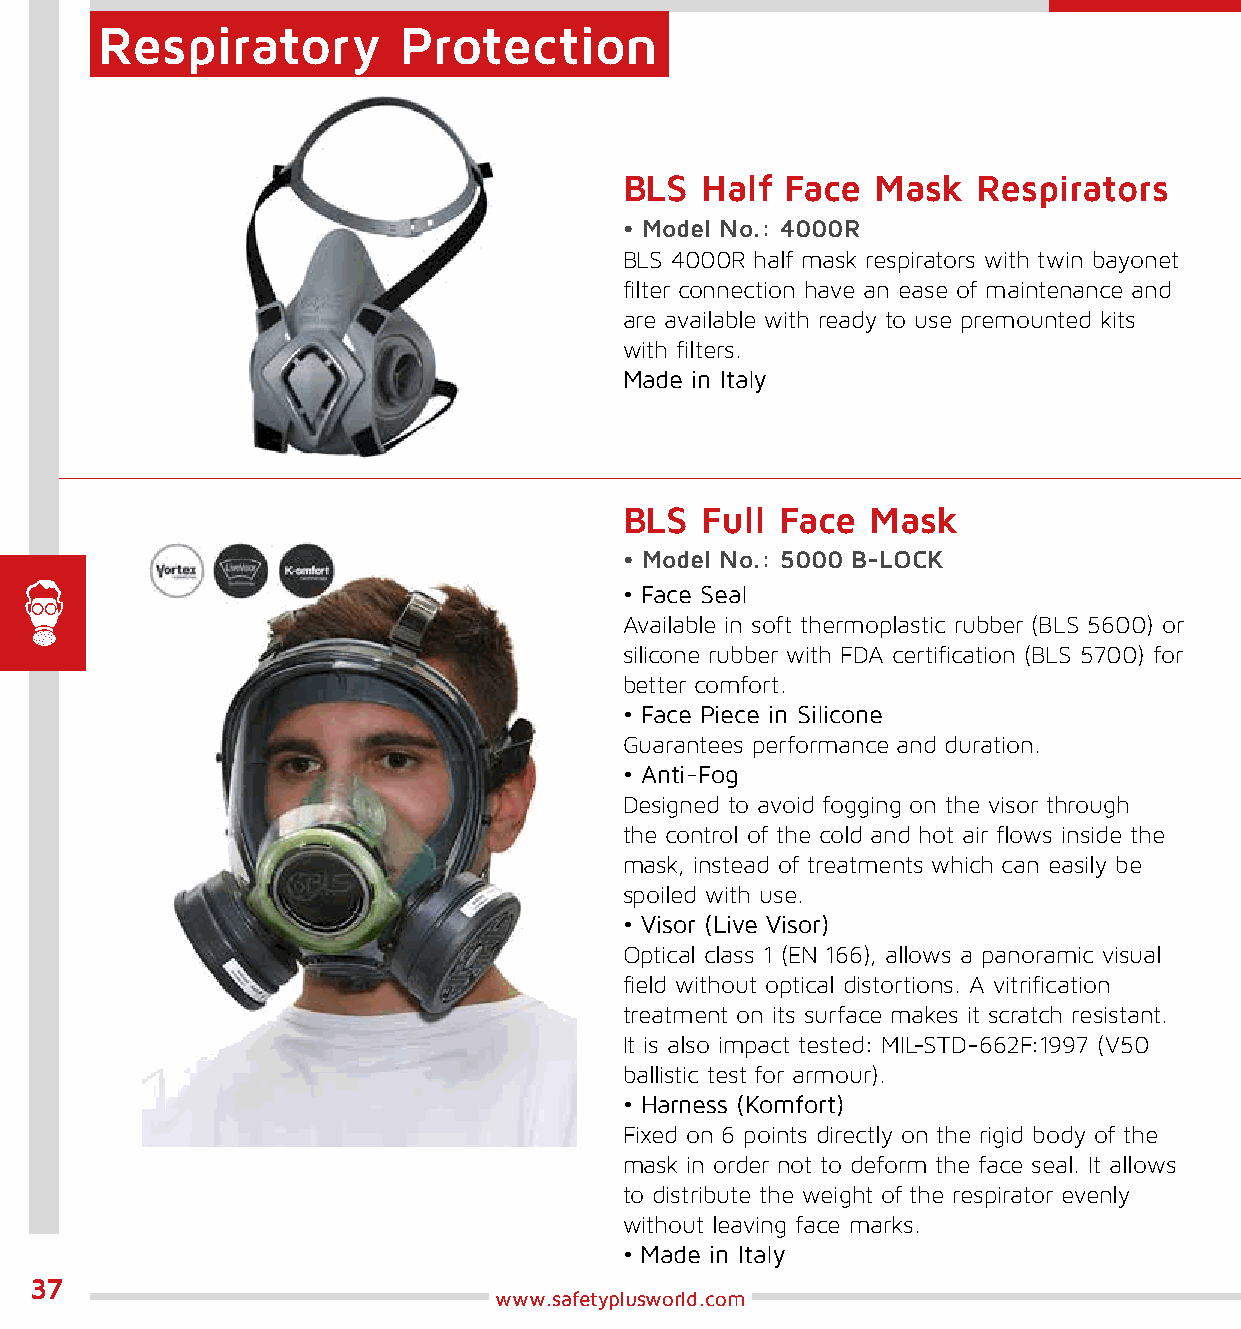
Respiratory         Protection
 BLS  Half  Face  Mask   Respirators
 • Model No.: 4000R
 BLS 4000R half mask respirators with twin bayonet
 filter connection have an ease of maintenance and
 are available with ready to use premounted kits
 with filters.
 Made in Italy
 BLS  Full  Face  Mask
 • Model No.: 5000 B-LOCK
 • Face Seal
 Available in soft thermoplastic rubber (BLS 5600) or
 silicone rubber with FDA certification (BLS 5700) for
 better comfort.
 • Face Piece in Silicone
 Guarantees performance and duration.
 • Anti-Fog
 Designed to avoid fogging on the visor through
 the control of the cold and hot air flows inside the
 mask, instead of treatments which can easily be
 spoiled with use.
 • Visor (Live Visor)
 Optical class 1 (EN 166), allows a panoramic visual
 field without optical distortions. A vitrification
 treatment on its surface makes it scratch resistant.
 It is also impact tested: MIL-STD-662F:1997 (V50
 ballistic test for armour).
 • Harness (Komfort)
 Fixed on 6 points directly on the rigid body of the
 mask in order not to deform the face seal. It allows
 to distribute the weight of the respirator evenly
 without leaving face marks.
 • Made in Italy
 37
 www.safetyplusworld.com